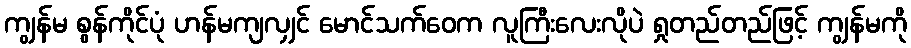
ကျွန်မ စွန်ကိုင်ပုံ ဟန်မကျလျှင် မောင်သက်ဝေက လူကြီးလေးလိုပဲ ရှုတည်တည်ဖြင့် ကျွန်မကို